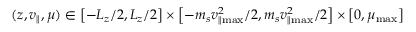
( z , v _ { \parallel } , \mu ) \in \left[ - L _ { z } / 2 , L _ { z } / 2 \right] \times \left[ - m _ { s } v _ { \parallel \operatorname* { m a x } } ^ { 2 } / 2 , m _ { s } v _ { \parallel \operatorname* { m a x } } ^ { 2 } / 2 \right] \times \left[ 0 , \mu _ { \operatorname* { m a x } } \right]